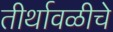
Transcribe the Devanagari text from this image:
तीर्थावळीचे